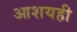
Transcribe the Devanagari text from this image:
आशयही